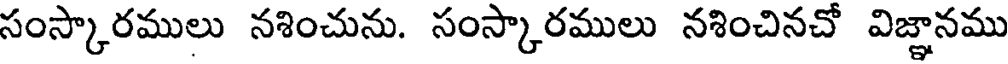
సంస్కారములు నశించును. సంస్కారములు నశించినచో విజ్ఞానము